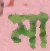
মা